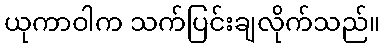
ယုကာဝါက သက်ပြင်းချလိုက်သည်။